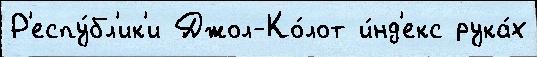
Р'еспу́бл'ик'и Джол-Ко́лот и́нд'екс рука́х